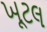
ખૂટલ